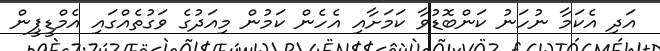
އަދި އެކަމާ ނުހަނު ކަންބޮޑުވާ ކަމަށާއި އެހެން ކަމުން މިއަދުގެ ވަގުތެއްގައި އެމްޑީޕީން